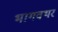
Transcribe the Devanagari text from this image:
भागवथर